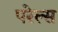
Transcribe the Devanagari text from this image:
परेल्स